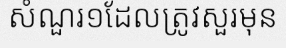
សំណួរ១ដែលត្រូវសួរមុន